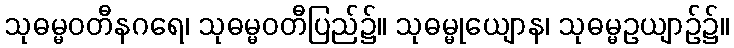
သုဓမ္မဝတီနဂရေ၊ သုဓမ္မဝတီပြည်၌။ သုဓမ္မုယျောန၊ သုဓမ္မဥယျာဉ်၌။